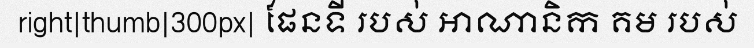
right|thumb|300px| ផែនទី របស់ អាណានិក គម របស់